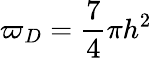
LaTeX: \varpi_{D}=\frac{7}{4}\pi h^{2}